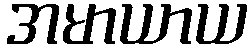
အမာယာယ